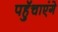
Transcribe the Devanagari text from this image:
पहुॅचाएंगे